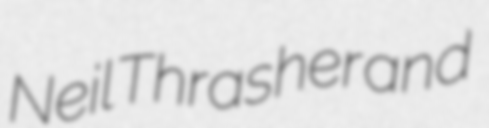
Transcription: Neil Thrasher and